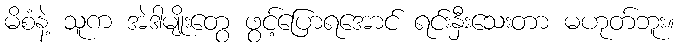
မိစံနဲ့ သူက အဲဒါမျိုးတွေ ဖွင့်ပြောရအောင် ရင်းနှီးသေးတာ မဟုတ်ဘူး။